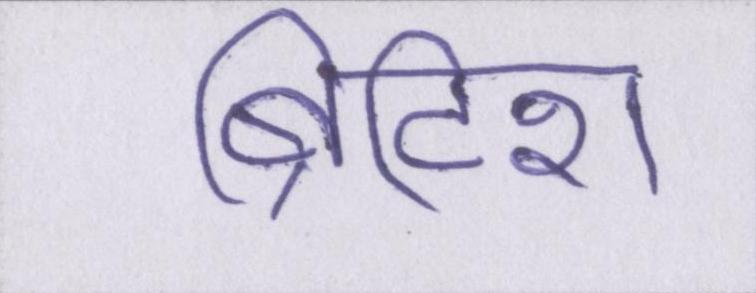
ब्रिटिश